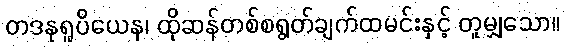
တဒနုရူပိယေန၊ ထိုဆန်တစ်စရွတ်ချက်ထမင်းနှင့် တူမျှသော။